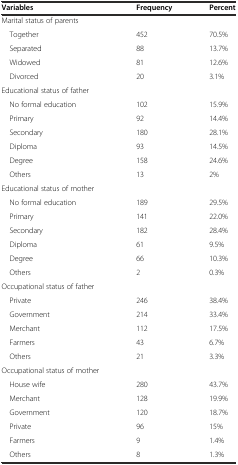
| Variables | Frequency | Percent |
 | --- | --- | --- |
 | Marital status of parents |  |  |
 | Together | 452 | 70.5% |
 | Separated | 88 | 13.7% |
 | Widowed | 81 | 12.6% |
 | Divorced | 20 | 3.1% |
 | Educational status of father |  |  |
 | No formal education | 102 | 15.9% |
 | Primary | 92 | 14.4% |
 | Secondary | 180 | 28.1% |
 | Diploma | 93 | 14.5% |
 | Degree | 158 | 24.6% |
 | Others | 13 | 2% |
 | Educational status of mother |  |  |
 | No formal education | 189 | 29.5% |
 | Primary | 141 | 22.0% |
 | Secondary | 182 | 28.4% |
 | Diploma | 61 | 9.5% |
 | Degree | 66 | 10.3% |
 | Others | 2 | 0.3% |
 | Occupational status of father |  |  |
 | Private | 246 | 38.4% |
 | Government | 214 | 33.4% |
 | Merchant | 112 | 17.5% |
 | Farmers | 43 | 6.7% |
 | Others | 21 | 3.3% |
 | Occupational status of mother |  |  |
 | House wife | 280 | 43.7% |
 | Merchant | 128 | 19.9% |
 | Government | 120 | 18.7% |
 | Private | 96 | 15% |
 | Farmers | 9 | 1.4% |
 | Others | 8 | 1.3% |